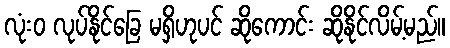
လုံးဝ လုပ်နိုင်ခြေ မရှိဟုပင် ဆိုကောင်း ဆိုနိုင်လိမ့်မည်။